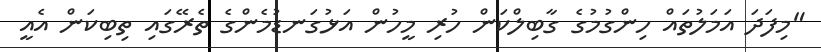
"މިފަދަ އަމަލުތައް ހިންގުމުގެ ގާބިލްކަން ހުރި މީހުން އަޅުގަނޑުމެންގެ ތެރޭގައި ތިބިކަން އެއީ